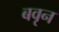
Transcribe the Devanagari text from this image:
बवृन